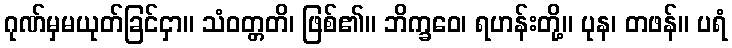
ဂုဏ်မှမယုတ်ခြင်ငှာ။ သံဝတ္တတိ၊ ဖြစ်၏။ ဘိက္ခဝေ၊ ရဟန်းတို့။ ပုန၊ တဖန်။ ပရံ